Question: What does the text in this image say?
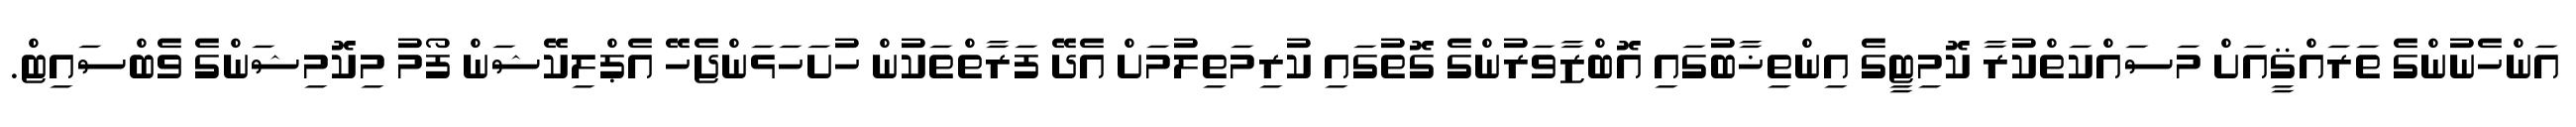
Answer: އަންހެނުންގެ ތަރައްޤީއަށް މަސައްކަތްކުރާ ކޮމިޓީގެ އިންތިޚާބުގައި އޮބްޒާވަރުންގެ ގޮތުގައި ކުރިމަތިލުމަށް އެދޭ ފަރާތްތަކުން ހުށަހަޅަންޖެހޭ އެޕްލިކޭޝަން ފޯމު މިކޮމިޝަންގެ ވެބްސައިޓް.